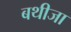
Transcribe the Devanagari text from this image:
बथीजा